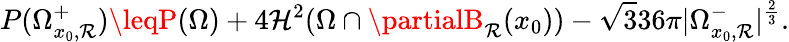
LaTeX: P(\Omega_{x_{0},\mathcal{R}}^{+})\leqP(\Omega)+4\mathcal{{H}}^{2}(\Omega\cap\partialB_{\mathcal{R}}(x_{0}))-\sqrt{{3}}{{36\pi}}|\Omega_{x_{0},\mathcal{R}}^{-}|^{\frac{{2}}{{3}}}.